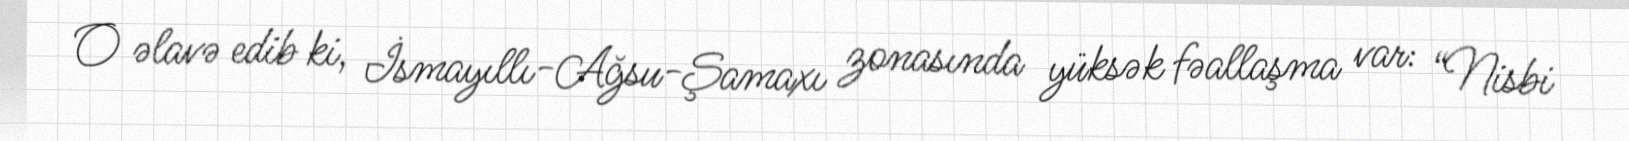
O əlavə edib ki, İsmayıllı-Ağsu-Şamaxı zonasında yüksək fəallaşma var: “Nisbi